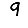
Digit: 9